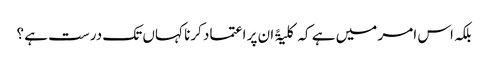
بلکہ اس امر میں ہے کہ کلیۃً ان پر اعتماد کرنا کہاں تک درست ہے ؟